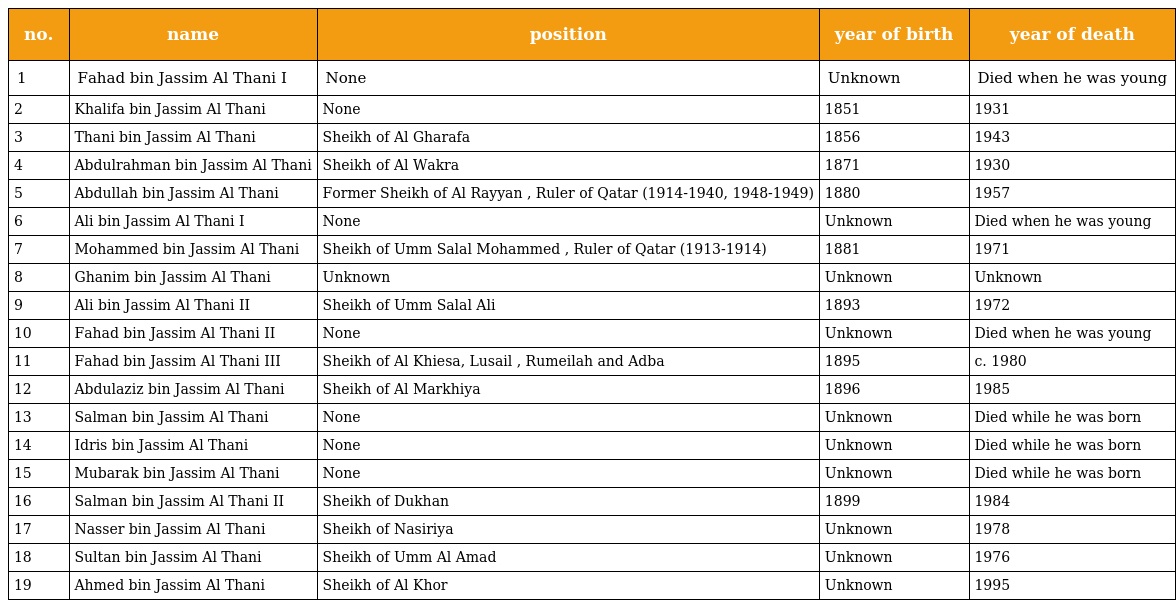
| no. | name | position | year of birth | year of death |
 | --- | --- | --- | --- | --- |
 | 1 | Fahad bin Jassim Al Thani I | None | Unknown | Died when he was young |
 | 2 | Khalifa bin Jassim Al Thani | None | 1851 | 1931 |
 | 3 | Thani bin Jassim Al Thani | Sheikh of Al Gharafa | 1856 | 1943 |
 | 4 | Abdulrahman bin Jassim Al Thani | Sheikh of Al Wakra | 1871 | 1930 |
 | 5 | Abdullah bin Jassim Al Thani | Former Sheikh of Al Rayyan , Ruler of Qatar (1914-1940, 1948-1949) | 1880 | 1957 |
 | 6 | Ali bin Jassim Al Thani I | None | Unknown | Died when he was young |
 | 7 | Mohammed bin Jassim Al Thani | Sheikh of Umm Salal Mohammed , Ruler of Qatar (1913-1914) | 1881 | 1971 |
 | 8 | Ghanim bin Jassim Al Thani | Unknown | Unknown | Unknown |
 | 9 | Ali bin Jassim Al Thani II | Sheikh of Umm Salal Ali | 1893 | 1972 |
 | 10 | Fahad bin Jassim Al Thani II | None | Unknown | Died when he was young |
 | 11 | Fahad bin Jassim Al Thani III | Sheikh of Al Khiesa, Lusail , Rumeilah and Adba | 1895 | c. 1980 |
 | 12 | Abdulaziz bin Jassim Al Thani | Sheikh of Al Markhiya | 1896 | 1985 |
 | 13 | Salman bin Jassim Al Thani | None | Unknown | Died while he was born |
 | 14 | Idris bin Jassim Al Thani | None | Unknown | Died while he was born |
 | 15 | Mubarak bin Jassim Al Thani | None | Unknown | Died while he was born |
 | 16 | Salman bin Jassim Al Thani II | Sheikh of Dukhan | 1899 | 1984 |
 | 17 | Nasser bin Jassim Al Thani | Sheikh of Nasiriya | Unknown | 1978 |
 | 18 | Sultan bin Jassim Al Thani | Sheikh of Umm Al Amad | Unknown | 1976 |
 | 19 | Ahmed bin Jassim Al Thani | Sheikh of Al Khor | Unknown | 1995 |